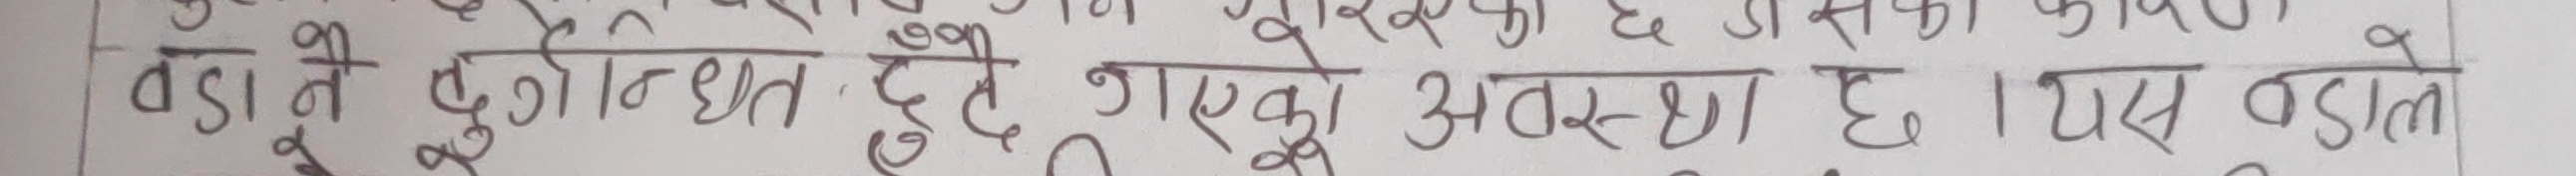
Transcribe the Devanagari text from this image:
वढा नै दुर्गन्धित हुने गएको अवस्था छ । यस वस्तले